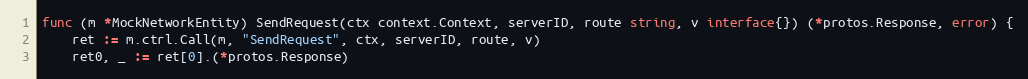
Language: Go
func (m *MockNetworkEntity) SendRequest(ctx context.Context, serverID, route string, v interface{}) (*protos.Response, error) {
	ret := m.ctrl.Call(m, "SendRequest", ctx, serverID, route, v)
	ret0, _ := ret[0].(*protos.Response)